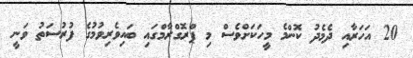
20 އަހަރާއި ދެމެދު ކޮންމެ މީހަކަށްވެސް މި ޕްރޮގްރާމްގައި ބައިވެރިވުމުގެ ފުރުސަތު ވަނީ